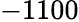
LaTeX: -1100